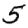
Digit: 5